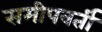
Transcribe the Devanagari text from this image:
समीपवर्तीं